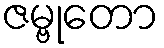
ဇမ္ဗုတော